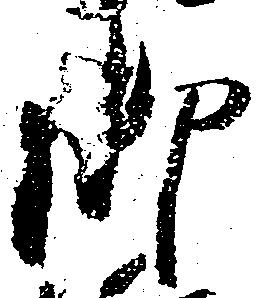
御